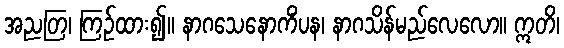
အညတြ၊ ကြဉ်ထား၍။ နာဂသေနောကိံပန၊ နာဂသိန်မည်လေလော။ ဣတိ၊